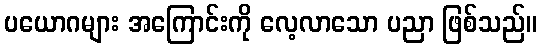
ပယောဂများ အကြောင်းကို လေ့လာသော ပညာ ဖြစ်သည်။